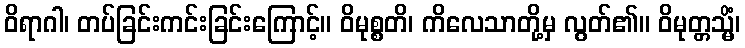
ဝိရာဂါ၊ တပ်ခြင်းကင်းခြင်းကြောင့်။ ဝိမုစ္စတိ၊ ကိလေသာတို့မှ လွတ်၏။ ဝိမုတ္တသ္မိံ၊